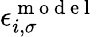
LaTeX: \epsilon_{i,\sigma}^{\mathrm{~m~o~d~e~l~}}